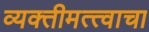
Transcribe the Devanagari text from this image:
व्यक्तीमत्त्वाचा